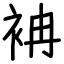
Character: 袡